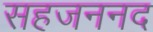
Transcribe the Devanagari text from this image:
सहजननद